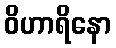
ဝိဟာရိနော